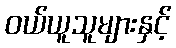
ဝယ်ယူသူများနှင့်